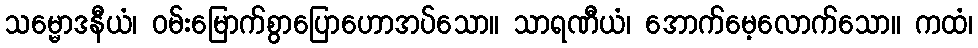
သမ္မောဒနီယံ၊ ဝမ်းမြောက်စွာပြောဟောအပ်သော။ သာရဏီယံ၊ အောက်မေ့လောက်သော။ ကထံ၊